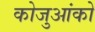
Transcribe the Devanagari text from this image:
कोजुआंको